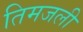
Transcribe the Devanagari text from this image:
तिमजली